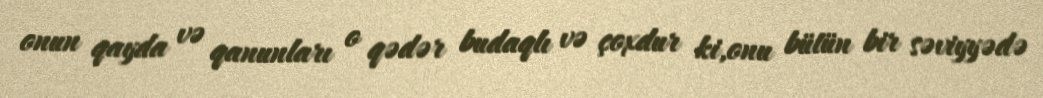
onun qayda və qanunları o qədər budaqlı və çoxdur ki,onu bütün bir səviyyədə